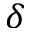
\delta